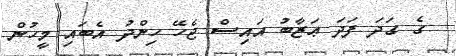
ގެ ގަދަ ފަދަ ޢަޒާބު އައިސް ޖެހޭ ހިންދު އެބައި މީހުން